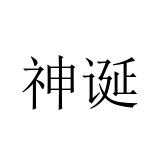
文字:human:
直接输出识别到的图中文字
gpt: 神诞